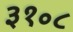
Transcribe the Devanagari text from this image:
३१॰८